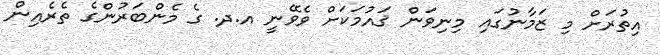
އިތުރަށް މި ޒަމާނުގައި މިނިވަން ޤައުމަކަށް ވެވޭނީ އ.ދ. ގެ މެންބަރުންގެ ތެރެއިން